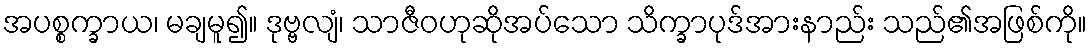
အပစ္စက္ခာယ၊ မချမူ၍။ ဒုဗ္ဗလျံ၊ သာဇီဝဟုဆိုအပ်သော သိက္ခာပုဒ်အားနာည်း သည်၏အဖြစ်ကို။